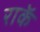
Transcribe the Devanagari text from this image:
राकॅ